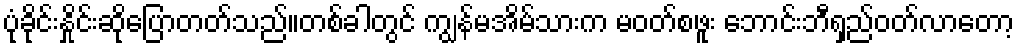
ပုံခိုင်းနှိုင်းဆိုပြောတတ်သည်။တစ်ခါတွင် ကျွန်မအိမ်သားက မဝတ်စဖူး ဘောင်းဘီရှည်ဝတ်လာတော့